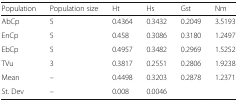
| Population | Population size | Ht | Hs | Gst | Nm |
 | --- | --- | --- | --- | --- | --- |
 | AbCp | 5 | 0.4364 | 0.3432 | 0.2049 | 3.5193 |
 | EnCp | 5 | 0.458 | 0.3086 | 0.3180 | 1.2497 |
 | EbCp | 5 | 0.4957 | 0.3482 | 0.2969 | 1.5252 |
 | TVu | 3 | 0.3817 | 0.2551 | 0.2806 | 1.9238 |
 | Mean | – | 0.4498 | 0.3203 | 0.2878 | 1.2371 |
 | St. Dev | – | 0.008 | 0.0046 |  |  |